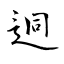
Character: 迥